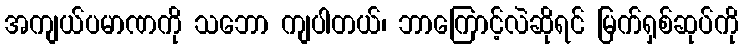
အကျယ်ပမာဏကို သဘော ကျပါတယ်၊ ဘာကြောင့်လဲဆိုရင် မြက်ရှစ်ဆုပ်ကို